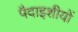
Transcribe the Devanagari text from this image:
पैदाइशीयों